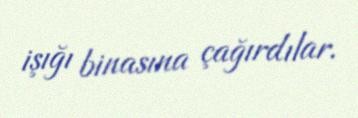
işığı binasına çağırdılar.